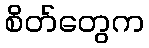
စိတ်တွေက